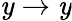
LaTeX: \mathit{y}\rightarrow\mathit{y}